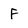
Character: F